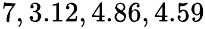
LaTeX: \! \! \! \! \! \! \! \! \! \! \! \! \! \! \! \! \! \! \! \! \! \! \! \! \! \! \! \overline{{\epsilon}}_{r}\! \! =\! \! \{ 1.8,1.7,3.12,4.86,4.59\} \! \! \!